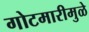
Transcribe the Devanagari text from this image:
गोटमारीमुळे